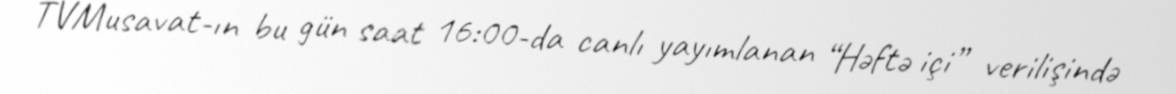
TVMusavat-ın bu gün saat 16:00-da canlı yayımlanan “Həftə içi” verilişində